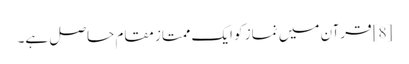
[8] قرآن میں نماز کو ایک ممتاز مقام حاصل ہے۔